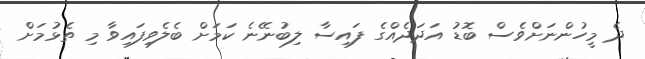
ދެ މީހުންނަށްވެސް ބޮޑު އަދަދެއްގެ ފައިސާ ލިބުނޭނެ ކަމަށް ބެލެވިފައިވާ މި ތެޅުމަށް